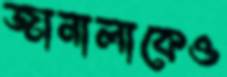
জানালাকেও